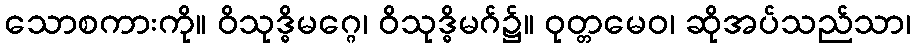
သောစကားကို။ ဝိသုဒ္ဓိမဂ္ဂေ၊ ဝိသုဒ္ဓိမဂ်၌။ ဝုတ္တမေဝ၊ ဆိုအပ်သည်သာ၊